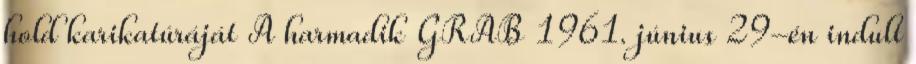
hold karikatúráját A harmadik GRAB 1961. június 29-én indult